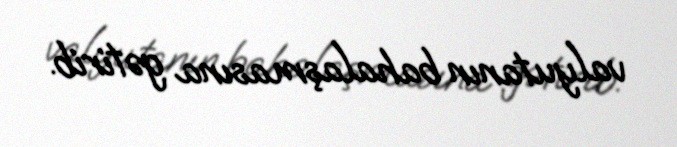
valyutanın bahalaşmasına gətirib.